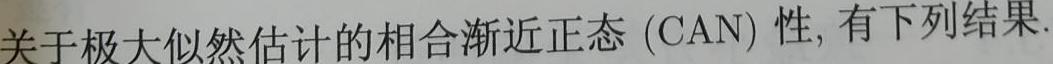
关于极大似然估计的相合渐近正态 (CAN) 性, 有下列结果.